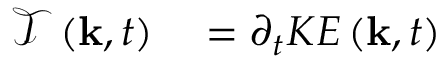
\begin{array} { r l } { \mathcal { T } \left( \mathbf { k } , t \right) } & { { } = \partial _ { t } K E \left( \mathbf { k } , t \right) } \end{array}